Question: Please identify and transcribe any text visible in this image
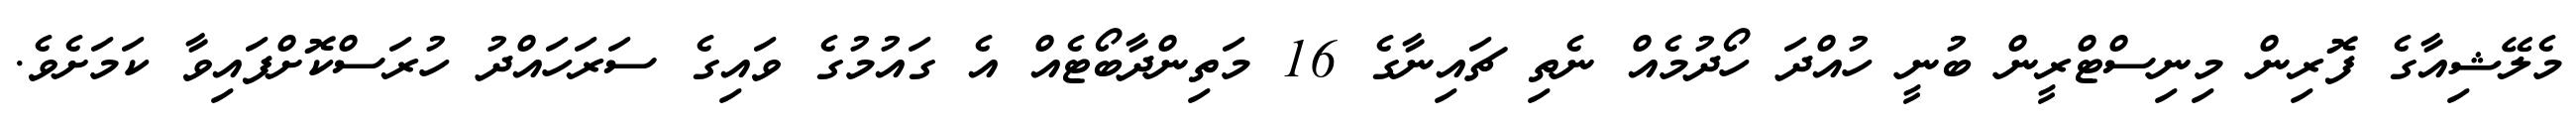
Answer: މެލޭޝިއާގެ ފޮރިން މިނިސްޓްރީން ބުނީ ހުއްދަ ހޯދުމެއް ނެތި ޗައިނާގެ 16 މަތިންދާބޯޓެއް އެ ގައުމުގެ ވައިގެ ސަރަހައްދު ހުރަސްކޮށްފައިވާ ކަމަށެވެ.